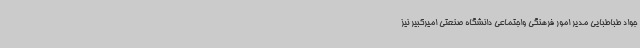
جواد طباطبایی مدیر امور فرهنگی واجتماعی دانشگاه صنعتی امیرکبیر نیز